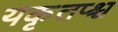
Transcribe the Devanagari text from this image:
यकृतप्श्च